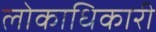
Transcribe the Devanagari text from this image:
लोकाधिकारी